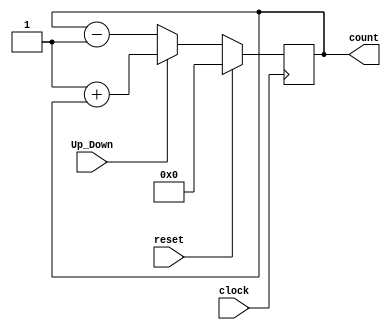
`timescale 1ns/1ps



/*
 Synchronous Counter :  A synchronous Counter is the counter in which the clock input with all the
 flip-flops uses the same source and produces the output at the same time.
 
 The synchronous Counter also referred to as a parallel counter is the one in which each
 establishing flip-flops are clocked with the similar clock input at the same time 
 



*/


module Sync_counter(clock ,reset, Up_Down,count); 
input clock,reset,Up_Down; 
output [3:0] count; 
reg [3:0] count = 0 ; 

always @( posedge clock)
begin 
if(reset == 1)
count <= 0;
else 
if(Up_Down ==1 ) // Up_counter 
count <= 1'b1 + count ; 
else 
count <= count - 1'b1; 
end 
endmodule 

module Sync_counter_tb(); 
reg clock,reset,Up_Down; 
wire [3:0] count; 

Sync_counter dut(.clock(clock),.reset(reset),.Up_Down(Up_Down),.count(count));

initial 
begin 
clock =0; 
reset =0; 
Up_Down =1 ; 
#150 
Up_Down =0; 
#150 
reset =1 ; 
end

always #5 clock = ~clock ; 

endmodule